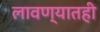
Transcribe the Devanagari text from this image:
लावण्यातही